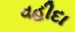
વહીદા